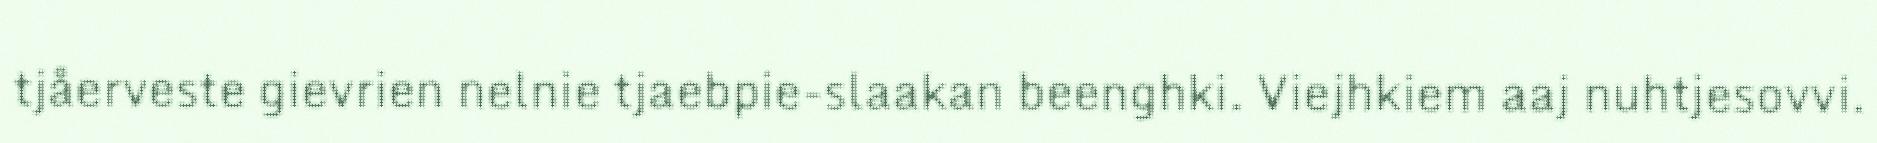
tjåerveste gievrien nelnie tjaebpie-slaakan beenghki. Viejhkiem aaj nuhtjesovvi.